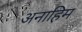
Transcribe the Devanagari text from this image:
अनाहिम